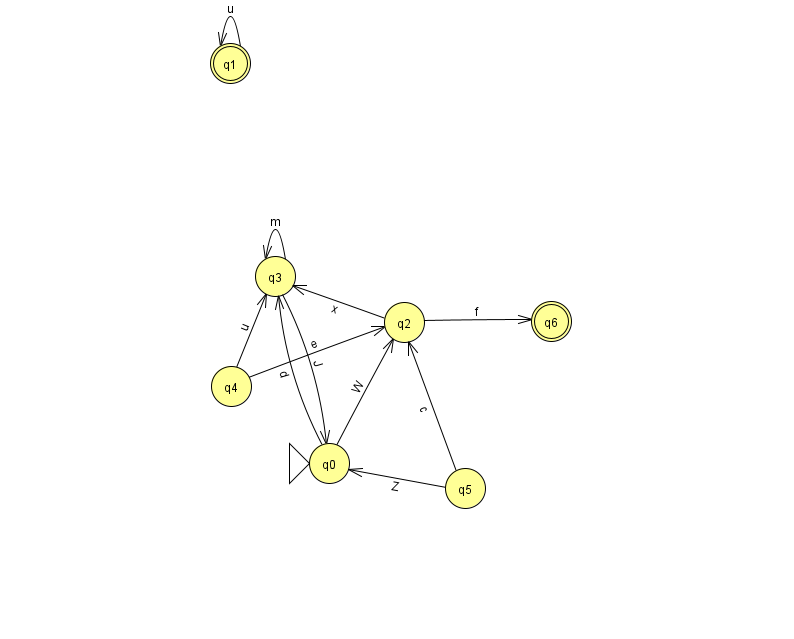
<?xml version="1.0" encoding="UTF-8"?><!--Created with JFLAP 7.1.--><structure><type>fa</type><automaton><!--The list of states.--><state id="0" name="q0"><x>329.0</x><y>450.0</y><initial/></state><state id="1" name="q1"><x>230.0</x><y>50.0</y><final/></state><state id="2" name="q2"><x>404.0</x><y>309.0</y></state><state id="3" name="q3"><x>275.0</x><y>263.0</y></state><state id="4" name="q4"><x>231.0</x><y>373.0</y></state><state id="5" name="q5"><x>465.0</x><y>475.0</y></state><state id="6" name="q6"><x>551.0</x><y>308.0</y><final/></state><!--The list of transitions.--><transition><from>0</from><to>3</to><read>d</read></transition><transition><from>5</from><to>0</to><read>Z</read></transition><transition><from>0</from><to>2</to><read>W</read></transition><transition><from>1</from><to>1</to><read>u</read></transition><transition><from>2</from><to>6</to><read>f</read></transition><transition><from>4</from><to>2</to><read>e</read></transition><transition><from>2</from><to>3</to><read>x</read></transition><transition><from>3</from><to>0</to><read>J</read></transition><transition><from>3</from><to>3</to><read>m</read></transition><transition><from>4</from><to>3</to><read>u</read></transition><transition><from>5</from><to>2</to><read>c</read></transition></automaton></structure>